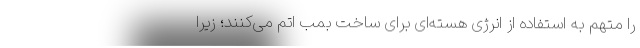
را متهم به استفاده از انرژی هسته‌ای برای ساخت بمب اتم می‌کنند؛ زیرا